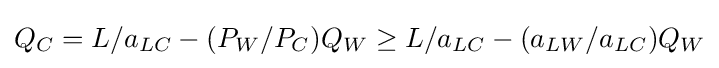
Q_{C}=L/a_{LC}-(P_{W}/P_{C})Q_{W}\geq L/a_{LC}-(a_{LW}/a_{LC})Q_{W}